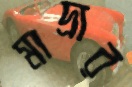
মাদ্রার